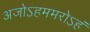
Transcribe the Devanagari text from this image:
अजोऽहममरोऽहं